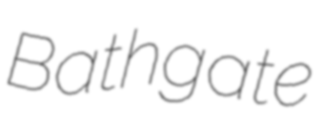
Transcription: Bathgate